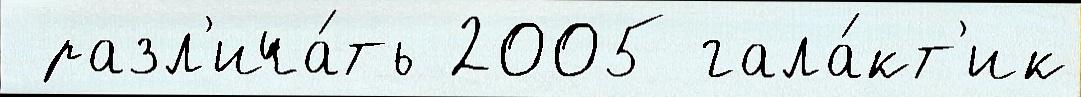
 разл'ича́ть 2005 гала́кт'ик